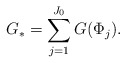
\begin{align*}G_* = \sum_{j=1}^{J_0} G(\Phi_{j}).\end{align*}